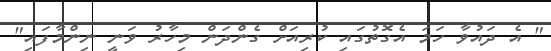
" އެ ދައުވާ ހަމަ އެގޮތުގައި ކުރިއަށް ގެންދަން މިހާރު ވަނީ ނިންމާފައި"